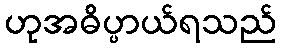
ဟုအဓိပ္ပာယ်ရသည်